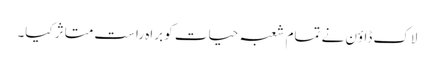
لاک ڈاؤن نے تمام شعبہ حیات کو براہ راست متاثر کیا۔